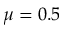
\mu = 0 . 5